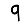
Digit: 9